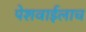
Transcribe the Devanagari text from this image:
पेशवाईलाच